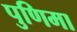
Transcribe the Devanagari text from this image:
पुणिमा